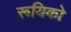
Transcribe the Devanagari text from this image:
रूयिको